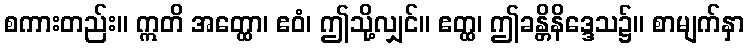
စကားတည်း။ ဣတိ အတ္ထော၊ ဧဝံ၊ ဤသို့လျှင်။ ဧတ္ထ၊ ဤခန္တိနိဒ္ဒေသ၌။ စာမျက်နှာ